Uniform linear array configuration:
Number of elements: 24
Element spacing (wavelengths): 0.25
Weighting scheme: kaiser
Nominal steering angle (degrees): -15
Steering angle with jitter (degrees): -15.363
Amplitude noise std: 0.05
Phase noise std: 0.05

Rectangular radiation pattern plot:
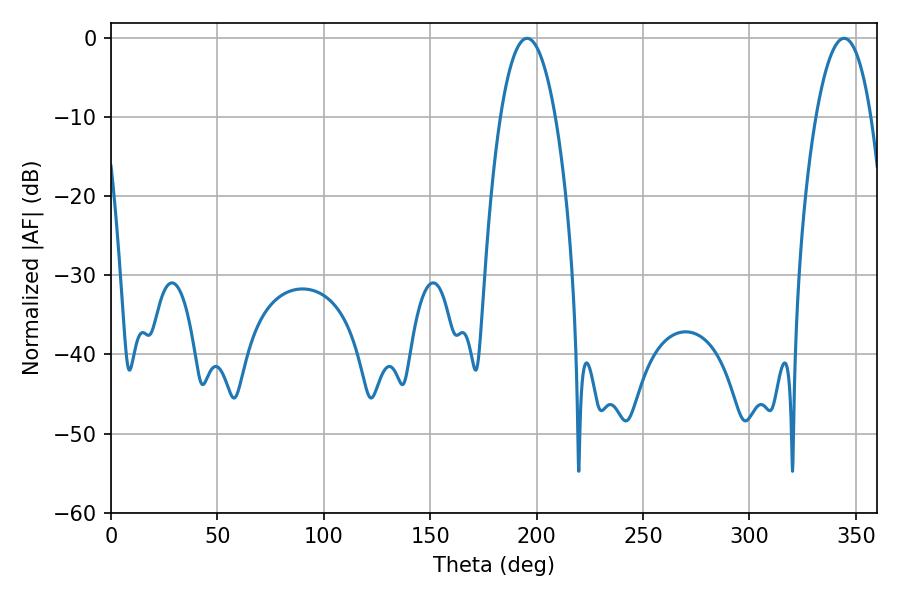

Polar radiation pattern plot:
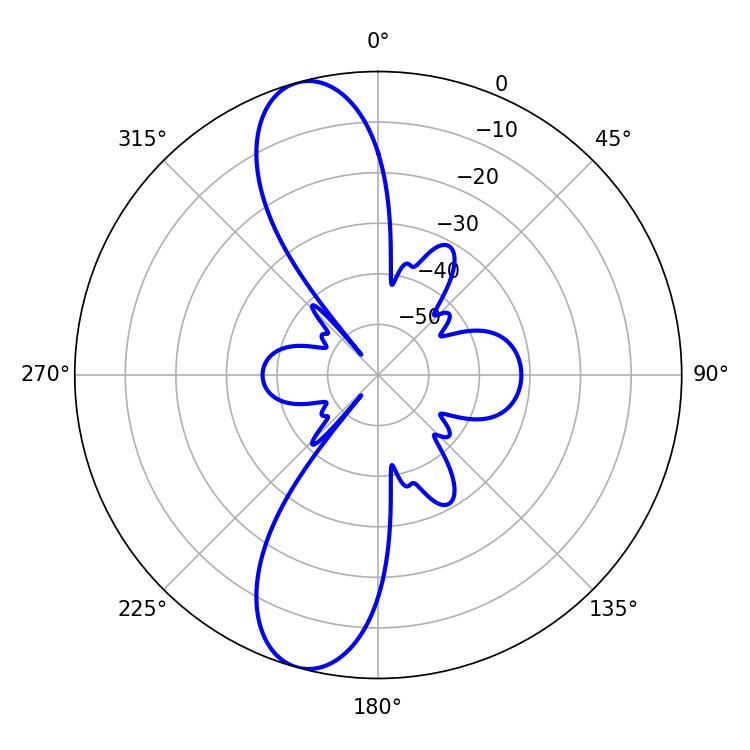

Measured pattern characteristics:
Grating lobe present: FALSE
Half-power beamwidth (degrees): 14.4
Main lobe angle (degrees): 195.48